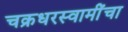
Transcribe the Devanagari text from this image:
चक्रधरस्वामींचा